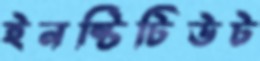
ইনষ্টিটিউট